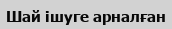
Шай ішуге арналған